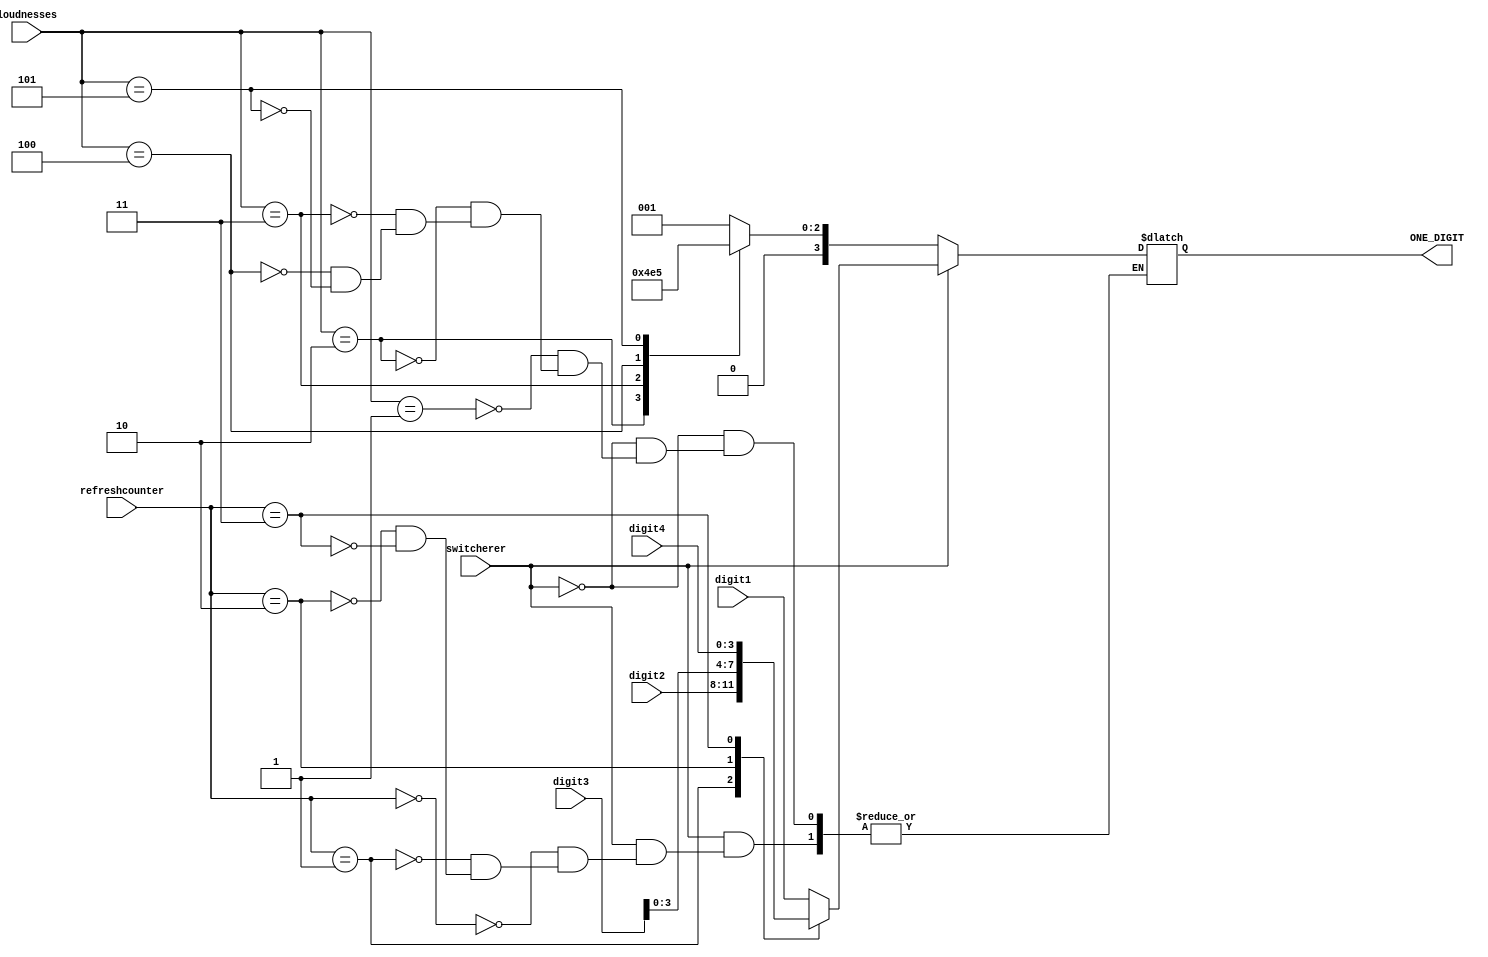
`timescale 1ns / 1ps

module BCD_control(
input [31:0] loudnesses,
input switcherer,
input [3:0] digit1,
input [3:0] digit2,
input [4:0] digit3,
input [3:0] digit4,
input [3:0] refreshcounter,
output reg [3:0] ONE_DIGIT = 0
);

always@(refreshcounter)  
  begin 
        if (switcherer == 1)begin   
        case(refreshcounter)
        2'd0:
           ONE_DIGIT = digit1;
        2'd1:
            ONE_DIGIT = digit2;
        2'd2:
            ONE_DIGIT = digit3;
        2'd3:
            ONE_DIGIT = digit4;
        endcase end
        
        else    begin
            case(loudnesses)
            1: ONE_DIGIT = 1;
            2: ONE_DIGIT = 2;
            3: ONE_DIGIT = 3;
            4: ONE_DIGIT = 4;
            5: ONE_DIGIT = 5;
            endcase
            end 
    end
    









endmodule